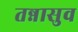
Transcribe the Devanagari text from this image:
तन्नासुव